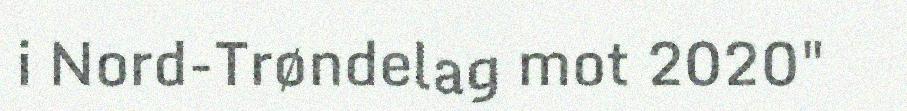
i Nord-Trøndelag mot 2020"